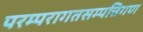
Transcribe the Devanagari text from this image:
परम्परागतसम्पत्तिगण